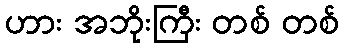
ဟား အဘိုးကြီး တစ် တစ်